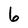
Character: 6